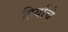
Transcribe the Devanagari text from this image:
हिर्याचे